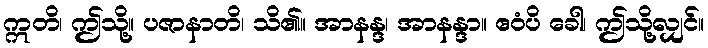
ဣတိ၊ ဤသို့။ ပဇာနာတိ၊ သိ၏။ အာနန္ဒ၊ အာနန္ဒာ။ ဧဝံပိ ခေါ၊ ဤသို့လျှင်။